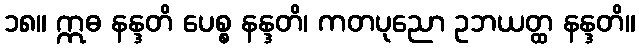
၁၈။ ဣဓ နန္ဒတိ ပေစ္စ နန္ဒတိ၊ ကတပုညော ဥဘယတ္ထ နန္ဒတိ။